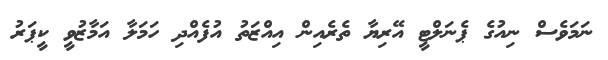
ނަމަވެސް ނިއުގެ ޕެނަލްޓީ އޭރިޔާ ތެރެއިން އިއްޒަތު އުފެއްދި ހަމަލާ އަމާޒުވީ ކީޕަރު